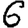
Digit: 6